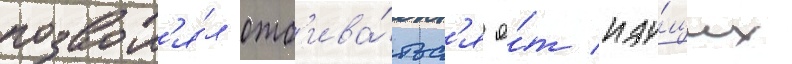
позвол'я́л отб'ива́тьс'я о́т иду́щих